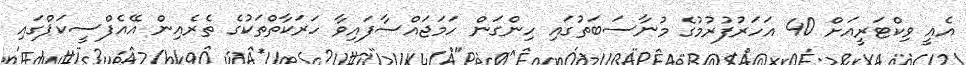
އެއީ ވިކްޓަރީއަށް 40 އަހަރުފުރުމުގެ މުނާސަބަތުގައި ހިންގަން ހަމަޖައްސާފައިވާ ހަރަކާތްތަކުގެ ތެރެއިން އޭއެފްސީކަޕްގައި